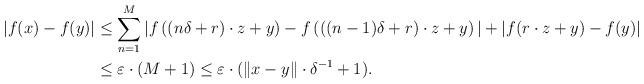
LaTeX: \begin{align*}|f(x)-f(y)| &\leq \sum_{n=1}^{M}|f\left( (n\delta+r) \cdot z +y\right)-f \left(((n-1)\delta+r ) \cdot z +y \right)| + |f(r \cdot z+y)-f(y)| \\& \leq\varepsilon \cdot ( M+1) \leq \varepsilon \cdot (\|x-y \| \cdot \delta^{-1} +1).\end{align*}